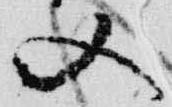
又